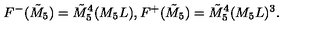
F ^ { - } ( \tilde { M } _ { 5 } ) = \tilde { M } _ { 5 } ^ { 4 } ( M _ { 5 } L ) , F ^ { + } ( \tilde { M } _ { 5 } ) = \tilde { M } _ { 5 } ^ { 4 } ( M _ { 5 } L ) ^ { 3 } .